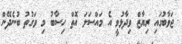
ޖަވާބުގައި ރިޔާޒް ވިދާޅުވީ އެ މައްސަލަ އޮތް ހިސާބު މި ވަގުތު ބުނެދޭން